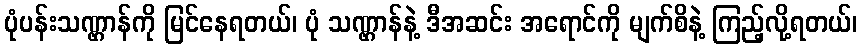
ပုံပန်းသဏ္ဌာန်ကို မြင်နေရတယ်၊ ပုံ သဏ္ဌာန်နဲ့ ဒီအဆင်း အရောင်ကို မျက်စိနဲ့ ကြည့်လို့ရတယ်၊